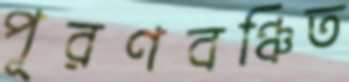
পূরণবঞ্চিত